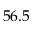
5 6 . 5